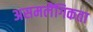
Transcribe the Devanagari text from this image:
असमलैंगिकता